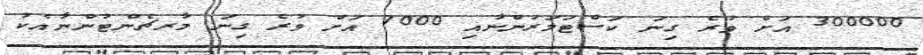
300000 އަށް ވުރެ ގިނަ ކަސްޓަމަރުންނާއި 7000 އަށް ވުރެ ގިނަ މާރޗެންޓުންނާއެކު